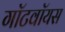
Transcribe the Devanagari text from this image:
गॉटवॉयस